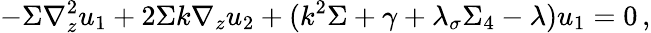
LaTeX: -\Sigma\nabla_{z}^{2}u_{1}+2\Sigma k\nabla_{z}u_{2}+(k^{2}\Sigma+\gamma+\lambda_{\sigma}\Sigma_{4}-\lambda)u_{1}=0\, ,